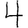
Digit: 4